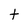
Character: t